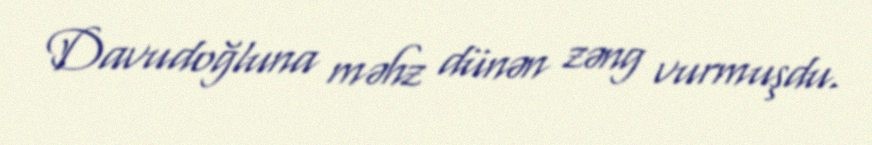
Davudoğluna məhz dünən zəng vurmuşdu.